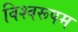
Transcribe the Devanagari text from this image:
विश्‍वरूपम